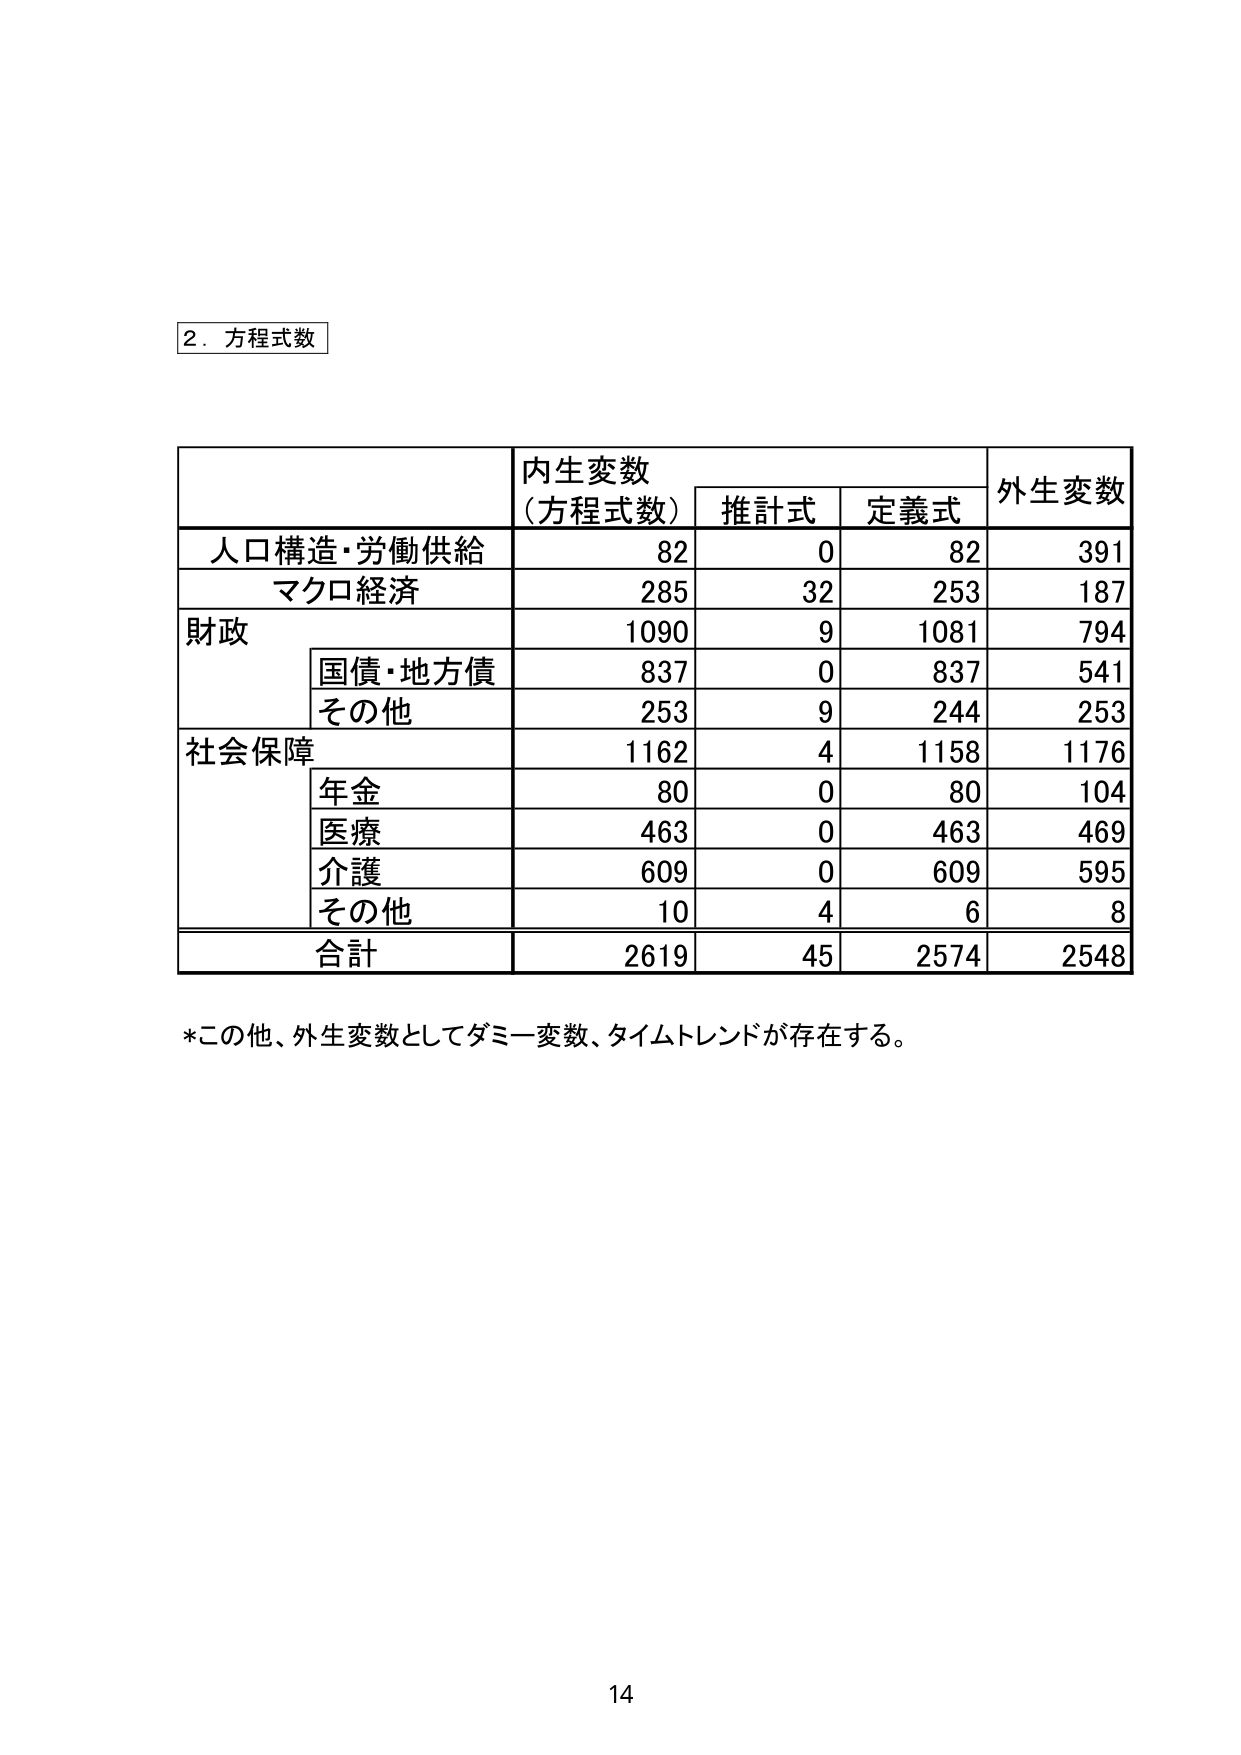
2．方程式数

内生変数
（方程式数）　推計式　定義式　外生変数

人口構造・労働供給　82　0　82　391
マクロ経済　285　32　253　187
財政　1090　9　1081　794
　　国債・地方債　837　0　837　541
　　その他　253　9　244　253
社会保障　1162　4　1158　1176
　　年金　80　0　80　104
　　医療　463　0　463　469
　　介護　609　0　609　595
　　その他　10　4　6　8
合計　2619　45　2574　2548

*この他、外生変数としてダミー変数、タイムトレンドが存在する。

14